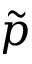
\tilde { p }